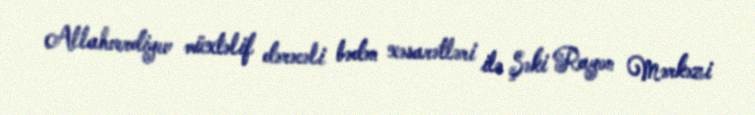
Allahverdiyev müxtəlif dərəcəli bədən xəsarətləri ilə Şəki Rayon Mərkəzi